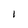
Character: 1